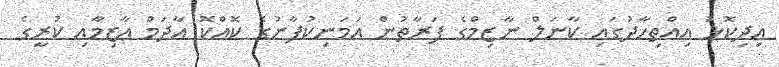
އިދިކޮޅު އިއްތިހާދުގައި ކާނަލް ނާޒިމްގެ ފަރާތުން އަމަނިކުފާނުގެ ކޮއްކޮ އާދަމް އާޒިމާއި ކުރީގެ